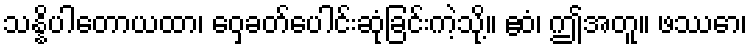
သန္နိပါတောယထာ၊ ဝှေ့ခတ်ပေါင်းဆုံခြင်းကဲ့သို့။ ဧဝံ၊ ဤအတူ။ ဖဿော၊